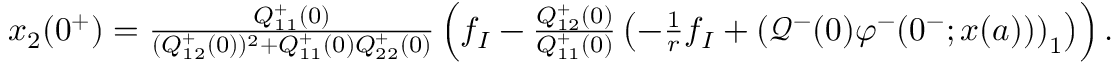
\begin{array} { r } { x _ { 2 } ( 0 ^ { + } ) = \frac { Q _ { 1 1 } ^ { + } ( 0 ) } { ( Q _ { 1 2 } ^ { + } ( 0 ) ) ^ { 2 } + Q _ { 1 1 } ^ { + } ( 0 ) Q _ { 2 2 } ^ { + } ( 0 ) } \left( f _ { I } - \frac { Q _ { 1 2 } ^ { + } ( 0 ) } { Q _ { 1 1 } ^ { + } ( 0 ) } \left( - \frac { 1 } { r } f _ { I } + \left( \mathcal { Q } ^ { - } ( 0 ) \varphi ^ { - } ( 0 ^ { - } ; x ( a ) ) \right) _ { 1 } \right) \right) . } \end{array}